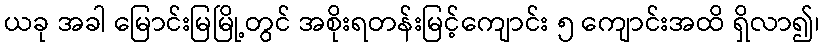
ယခု အခါ မြောင်းမြမြို့တွင် အစိုးရတန်းမြင့်ကျောင်း ၅ ကျောင်းအထိ ရှိလာ၍၊